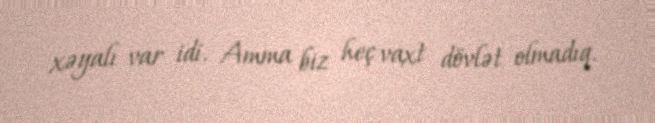
xəyalı var idi. Amma biz heç vaxt dövlət olmadıq.